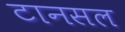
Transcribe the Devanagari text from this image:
टानसल